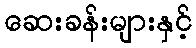
ဆေးခန်းများနှင့်